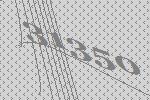
31350